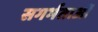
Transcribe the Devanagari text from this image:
सगर्भताओं